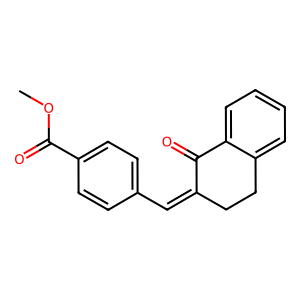
SMILES: COC(=O)c1ccc(C=C2CCc3ccccc3C2=O)cc1
Inhibits HIV replication: No